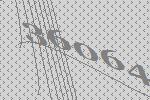
36064